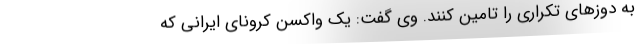
به دوزهای تکراری را تامین کنند. وی گفت: یک واکسن کرونای ایرانی که